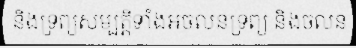
និងទ្រព្យសម្បត្តិទាំងអចលនទ្រព្យ និងចលន